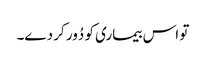
تو اس بیماری کو دُور کر دے۔